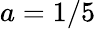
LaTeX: a=1/5